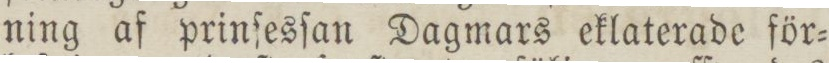
ning af prinſesſan Dagmars eklaterade för=